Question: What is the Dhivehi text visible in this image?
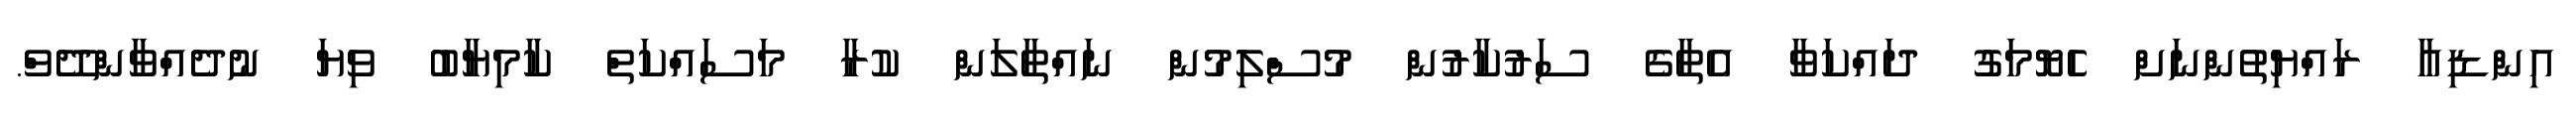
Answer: އިންޑިއާ ރައްޔިތުންނަށް ހެޔޮމަގު ދައްކަވާ އެތާގެ ސަރުކާރުން މުސްލިމުން ނައްތާލަން ކުރާ މަސައްކަތް ކާމިޔާބު ވިޔަ ނުދެއްވާންދޭވް.